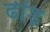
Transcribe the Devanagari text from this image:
ढींड़